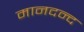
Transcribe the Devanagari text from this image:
मानदन्द